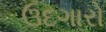
ઉદગારો